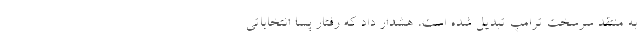
به منتقد سرسخت ترامپ تبدیل شده است، هشدار داد که رفتار پسا انتخاباتی